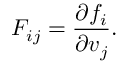
F _ { i j } = { \frac { \partial f _ { i } } { \partial v _ { j } } } .